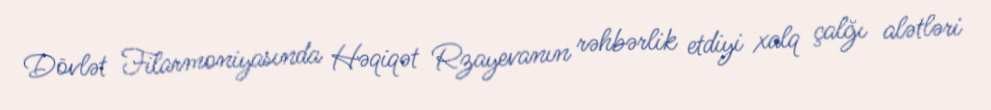
Dövlət Filarmoniyasında Həqiqət Rzayevanın rəhbərlik etdiyi xalq çalğı alətləri